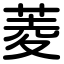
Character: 菱